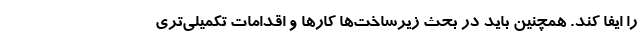
را ایفا کند. همچنین باید در بحث زیرساخت‌ها کارها و اقدامات تکمیلی‌تری